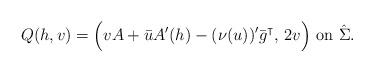
LaTeX: \begin{align*}Q(h, v) = \Big( v A + \bar u A' (h) - (\nu(u))' \bar g^\intercal, \, 2v\Big)\mbox{ on } \hat \Sigma. \end{align*}